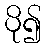
ပို၍